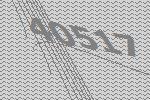
40517